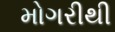
મોગરીથી